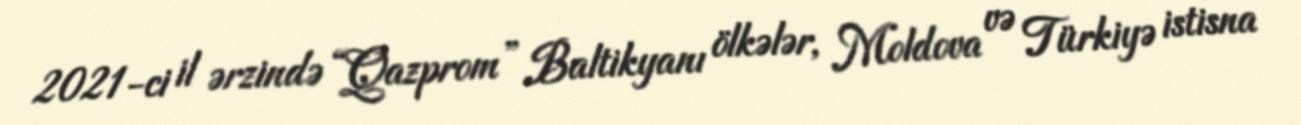
2021-ci il ərzində “Qazprom” Baltikyanı ölkələr, Moldova və Türkiyə istisna